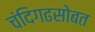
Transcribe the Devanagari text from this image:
चंदिगढसोबत